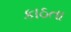
કાઠતા